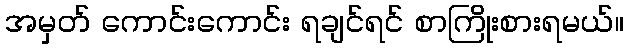
အမှတ် ကောင်းကောင်း ရချင်ရင် စာကြိုးစားရမယ်။